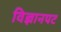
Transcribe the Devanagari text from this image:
विज्ञानपट